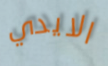
الايدي